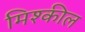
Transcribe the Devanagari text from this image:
मिश्कील